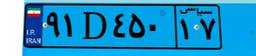
۰۷D۵۳۱۶۵